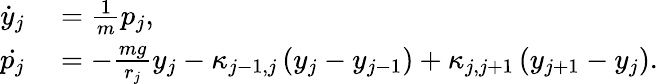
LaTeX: \begin{array}{rl}{\dot{y}_{j}}&{{}=\frac{1}{m}p_{j},}\\ {\dot{p_{j}}}&{{}=-\frac{mg}{r_{j}}y_{j}-\kappa_{j-1,j}\left(y_{j}-y_{j-1}\right)+\kappa_{j,j+1}\left(y_{j+1}-y_{j}\right).}\end{array}